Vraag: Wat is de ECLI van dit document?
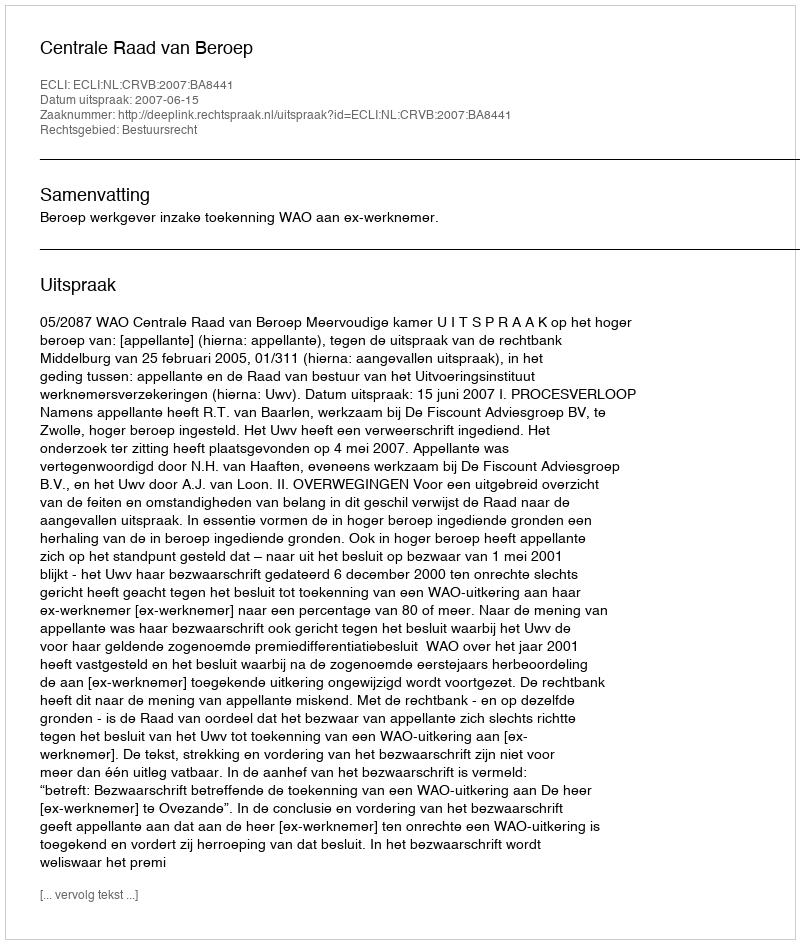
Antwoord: ECLI:NL:CRVB:2007:BA8441